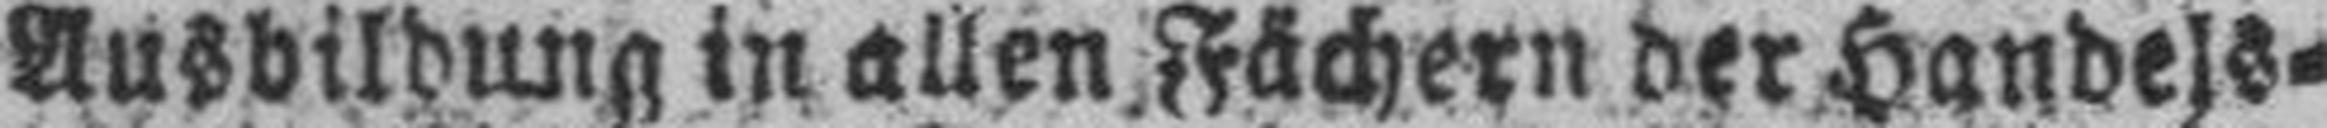
Ausbildung in allen Fächern der Handels¬